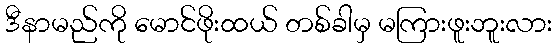
ဒီနာမည်ကို မောင်ဖိုးထယ် တစ်ခါမှ မကြားဖူးဘူးလား